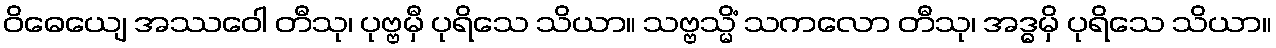
ဝိဓေယျေ အဿဝေါ တီသု၊ ပုဗ္ဗမှီ ပုရိသေ သိယာ။ သဗ္ဗသ္မိံ သကလော တီသု၊ အဒ္ဓမှိ ပုရိသေ သိယာ။